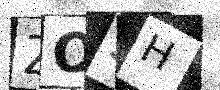
Text: ZO5H